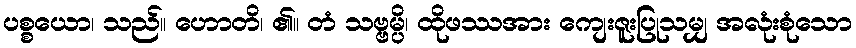
ပစ္စယော၊ သည်။ ဟောတိ၊ ၏။ တံ သဗ္ဗမ္ပိ၊ ထိုဖဿအား ကျေးဇူးပြုသမျှ အလုံးစုံသော